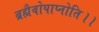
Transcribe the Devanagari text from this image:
ब्रह्मैवोपाप्नोति।।